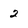
Character: 2